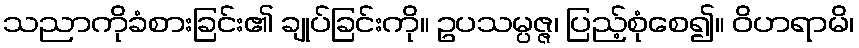
သညာကိုခံစားခြင်း၏ ချုပ်ခြင်းကို။ ဥပသမ္ပဇ္ဇ၊ ပြည့်စုံစေ၍။ ဝိဟရာမိ၊